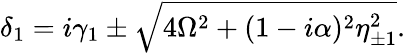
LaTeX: \begin{array}{r}{\delta_{1}=i\gamma_{1}\pm\sqrt{4\Omega^{2}+(1-i\alpha)^{2}\eta_{\pm 1}^{2}}.}\end{array}